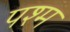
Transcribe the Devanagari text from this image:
पश्म